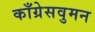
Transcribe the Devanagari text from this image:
काँग्रेसवुमन